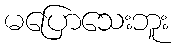
မပြောသေးဘူး